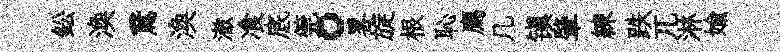
鈆渙鵞渙澈飡底筦。畧旋根恥廌几镇肇練跌兀淋媮